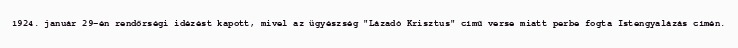
1924. január 29-én rendőrségi idézést kapott, mivel az ügyészség "Lázadó Krisztus" című verse miatt perbe fogta Istengyalázás címén.